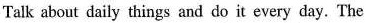
Talk about daily things and do it every day. The